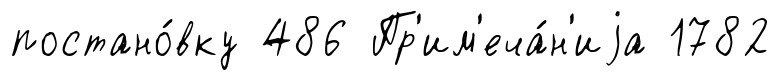
постано́вку 486 Пр'им'еча́н'иjа 1782